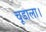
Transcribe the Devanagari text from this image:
चूडाला।